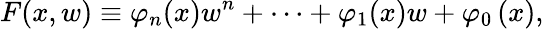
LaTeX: F(x,w)\equiv\varphi_{n}(x)w^{n}+\cdots+\varphi_{1}(x)w+\varphi_{0}\left(x\right),